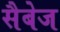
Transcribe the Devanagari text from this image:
सैबेज